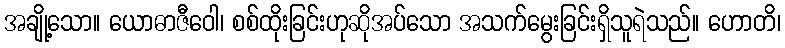
အချို့သော။ ယောဓာဇီဝေါ၊ စစ်ထိုးခြင်းဟုဆိုအပ်သော အသက်မွေးခြင်းရှိသူရဲသည်။ ဟောတိ၊